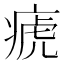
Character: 𤷡